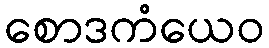
စောဒကံယေဝ